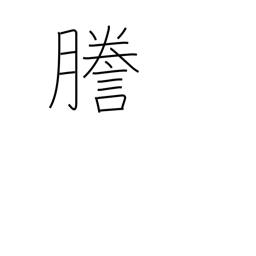
Meaning: mimeograph